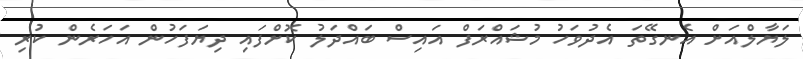
ލަޔާލްއަށް އެނގޭތަ އެދުވަހު މުޝައްރަފް އައިސް ބައްދަލު ކޮށްފައި ދިޔަފަހުން އަހަރެން ކުރި